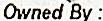
OWNED BY :